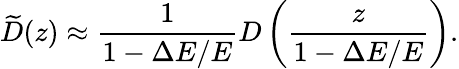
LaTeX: \widetilde{D}(z)\approx\frac{1}{1-\Delta E/E}D\left(\frac{z}{1-\Delta E/E}\right).